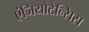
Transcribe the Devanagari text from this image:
एंजियोटेन्सिस